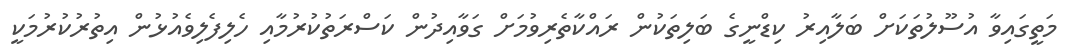
މަތީގައިވާ އުސޫލުތަކަށް ބަލާއިރު ކިޑްނީގެ ބަލިތަކުން ރައްކާތެރިވުމަށް ގަވާއިދުން ކަސްރަތުކުރުމާއި ހެލިފެލިވެއުޅުން އިތުރުކުރުމަކީ